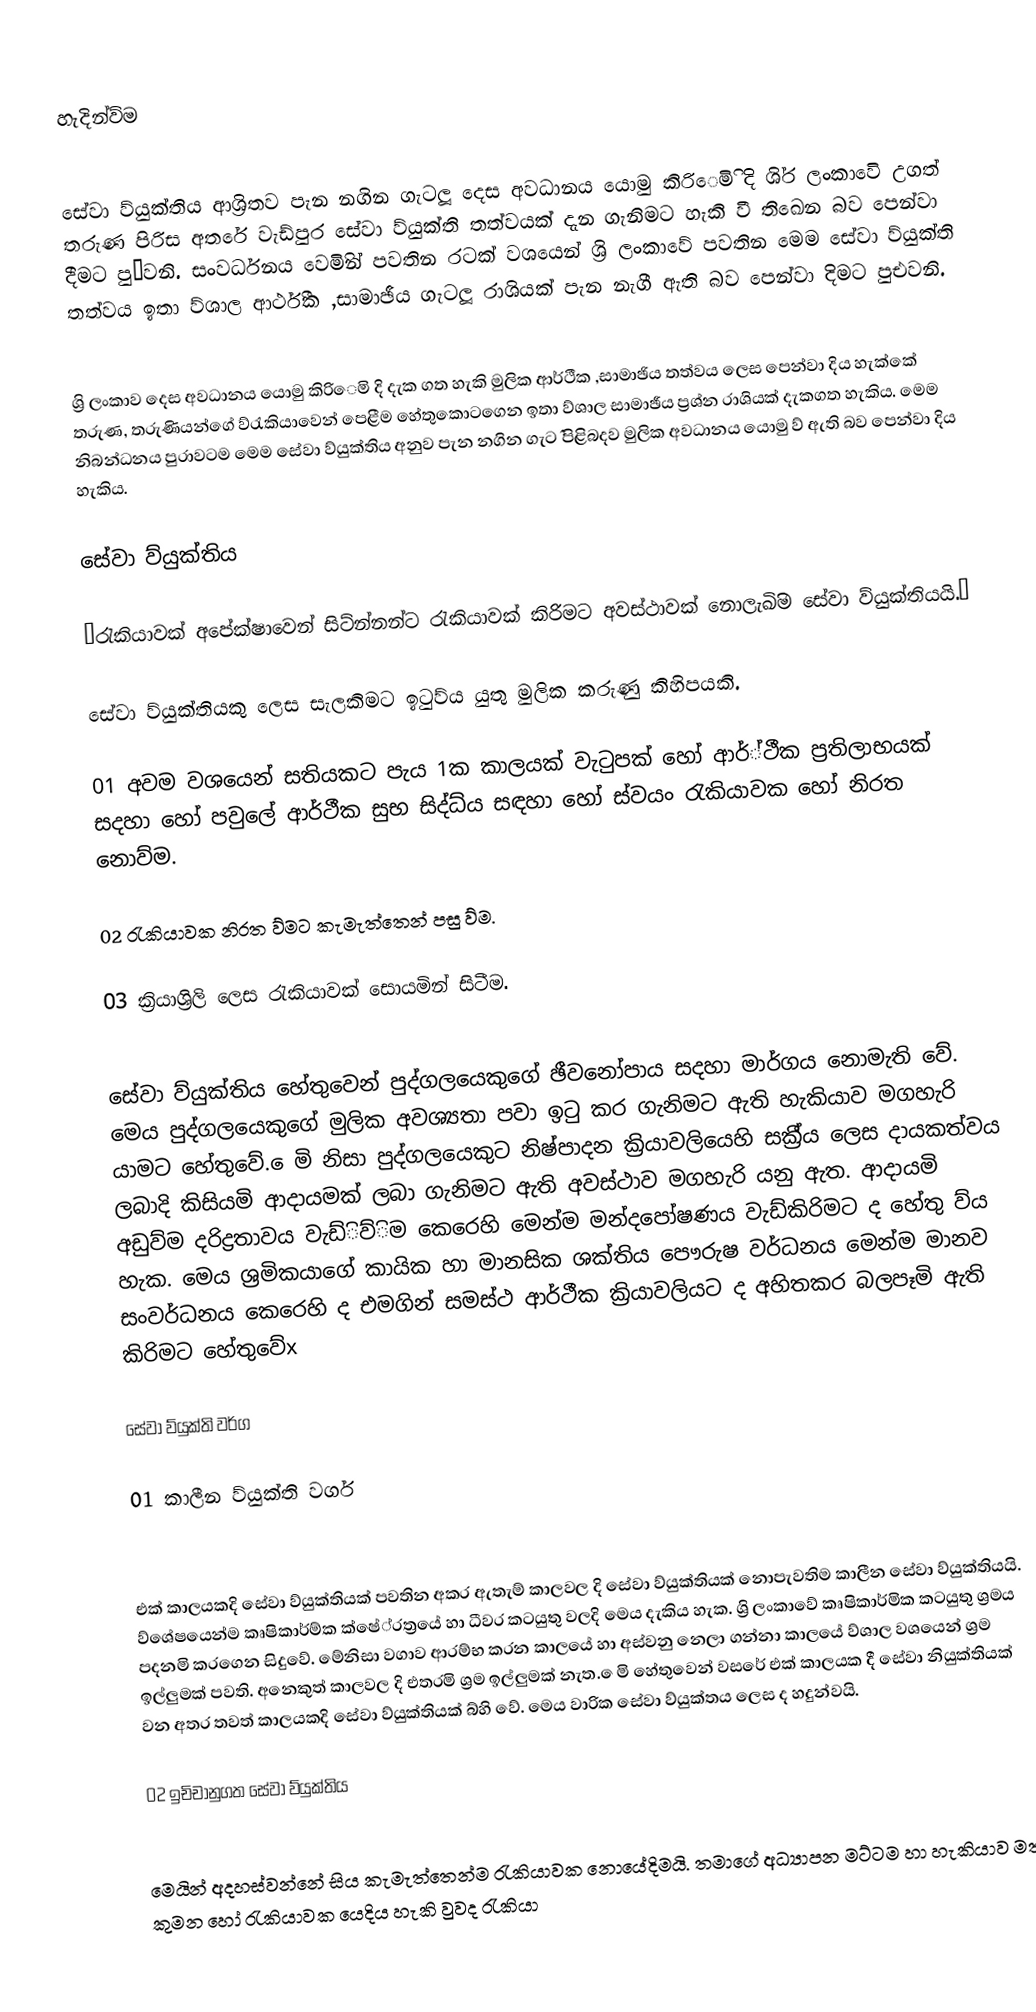

හැදින්ව්ම

සේවා ව්යුක්තිය ආශ්‍රිතව පැන නගින ගැටලූ දෙස අවධානය යොමු කිරිෙමිි දි ශි්‍ර ලංකාවෙි උගත් තරුණ පිරිස අතරේ වැඩ්පුර සේවා ව්යුක්ති තත්වයක් දැන ගැනිමට හැකි වී තිඛෙන බව පෙන්වා දීමට පුˆවනි. සංවර්ධනය වෙමිින් පවතින රටක් වශයෙන් ශ්‍රි ලංකාවේ පවතින මෙම සේවා ව්යුක්ති තත්වය ඉතා ව්ශාල ආර්ථීක ,සාමාඡීය ගැටලූ රාශියක් පැන නැගී ඇති බව පෙන්වා දිමට පුඑවනි.

ශ්‍රි ලංකාව දෙස අවධානය යොමු කිරිෙමි දි දැක ගත හැකි මුලික ආර්ථීක ,සාමාඡිය තත්වය ලෙස පෙන්වා දිය හැක්කේ  තරුණ, තරුණියන්ගේ  ව්රැකියාවෙන් පෙළීම හේතුකොටගෙන ඉතා ව්ශාල සාමාඡීය ප්‍රශ්න රාශියක් දැකගත හැකිය. මෙම නිබන්ධනය පුරාවටම මෙම සේවා ව්යුක්තිය අනුව පැන නගින ගැටˆ පිළිබදව මුලික අවධානය යොමු ව් ඇති බව පෙන්වා දිය හැකිය.

සේවා ව්යුක්තිය

’රැකියාවක් අපේක්ෂාවෙන් සිට්න්නන්ට රැකියාවක් කිරිමට අවස්ථාවක් නොලැඛිිම සේවා ව්යුක්තියයි.’

සේවා ව්යුක්තියකු ලෙස සැලකිමට ඉටුව්ය යුතු මුලික කරුණු කිහිපයකි.

01 අවම වශයෙන් සතියකට පැය 1ක කාලයක් වැටුපක් හෝ ආර්්ථීක ප්‍රතිලාභයක් සදහා හෝ පවුලේ ආර්ථීක සුභ සිද්ධ්ය සඳහා හෝ ස්වයං රැකියාවක හෝ නිරත නොව්ම.

02 රැකියාවක නිරත ව්මට කැමැත්තෙන් පසු ව්ම.

03 ක්‍රියාශ්‍රිලි ලෙස රැකියාවක් සොයමින් සිටීම.

සේවා ව්යුක්තිය හේතුවෙන් පුද්ගලයෙකුගේ ඡීවනෝපාය සදහා මාර්ගය නොමැති වේ. මෙය පුද්ගලයෙකුගේ මුලික අවශ්‍යතා පවා ඉටු කර ගැනිමට ඇති හැකියාව මගහැරි යාමට හේතුවේ. ෙමි නිසා පුද්ගලයෙකුට නිෂ්පාදන ක්‍රියාවලියෙහි සක්‍රී්‍ය ලෙස දායකත්වය ලබාදි කිසියමි ආදායමක් ලබා ගැනිමට ඇති අවස්ථාව මගහැරි යනු ඇත. ආදායමි අඩුව්ම දරිද්‍රතාවය වැඩ්ිව්ිම කෙරෙහි මෙන්ම මන්දපෝෂණය වැඩ්කිරිමට ද හේතු ව්ය හැක. මෙය ශ්‍රමිකයාගේ කායික හා මානසික ශක්තිය පෞරුෂ වර්ධනය මෙන්ම මානව සංවර්ධනය කෙරෙහි ද එමගින් සමස්ථ ආර්ථීක ක්‍රියාවලියට ද අහිතකර බලපෑමි ඇති කිරිමට හේතුවේx

සේවා ව්යුක්ති වර්ග

01 කාලීන ව්යුක්ති වර්ග

එක් කාලයකදි සේවා ව්යුක්තියක් පවතින අකර ඇතැම් කාලවල දි සේවා ව්යුක්තියක් නොපැවතිම කාලීන සේවා ව්යුක්තියයි. ව්ශේෂයෙන්ම කෘෂිකාර්ම්ක ක්ෂේ්‍රත්‍රයේ හා ධීවර කටයුතු වලදි මෙය දැකිය හැක. ශ්‍රි ලංකාවේ කෘෂිකාර්මික කටයුතු ශ්‍රමය පදනමි කරගෙන සිදුවේ. මේනිසා වගාව ආරම්භ කරන කාලයේ හා අස්වනු නෙලා ගන්නා කාලයේ ව්ශාල වශයෙන් ශ්‍රම ඉල්ලුමක් පවති. අනෙකුත් කාලවල දි එතරමි ශ්‍රම ඉල්ලුමක් නැත. ෙමි හේතුවෙන් වසරේ එක් කාලයක දී සේවා නියුක්තියක් වන අතර තවත් කාලයකදි  සේවා ව්යුක්තියක් බ්හි වේ. මෙය වාරික සේවා ව්යුක්තය ලෙස ද හදුන්වයි.

02 ඉචිචානුගත සේවා ව්යුක්තිය

මෙයින් අදහස්වන්නේ සිය කැමැත්තෙන්ම රැකියාවක නොයේදිමයි. තමාගේ අධ්‍යාපන මට්ටම හා හැකියාව මත කුමන හෝ රැකියාවක යෙදිය හැකි වුවද රැකියා